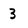
Character: 3